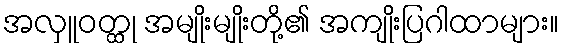
အလှူဝတ္ထု အမျိုးမျိုးတို့၏ အကျိုးပြဂါထာများ။